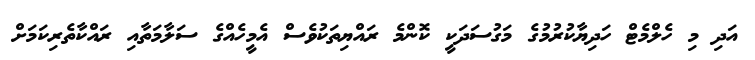
އަދި މި ހެލްމެޓް ހަދިޔާކުރުމުގެ މަގުސަދަކީ ކޮންމެ ރައްޔިތަކުވެސް އެމީހެއްގެ ސަލާމަތާއި ރައްކާތެރިކަމަށް